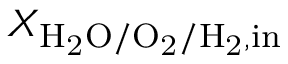
X _ { \mathrm { H _ { 2 } O / O _ { 2 } / H _ { 2 } , i n } }